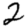
Digit: 2